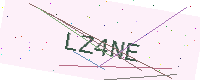
Text: LZ4NE